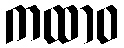
ကထာဝ